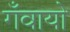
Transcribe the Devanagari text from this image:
गँवायो